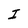
Character: I